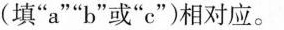
(填”a””b”或”c”)相对应。